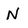
Character: N